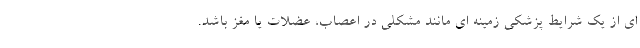
ای از یک شرایط پزشکی زمینه ای مانند مشکلی در اعصاب، عضلات یا مغز باشد.